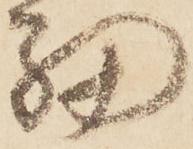
細